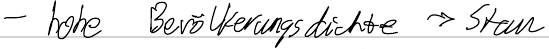
- hohe Bevölkerungsdichte -> Stau